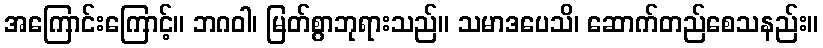
အကြောင်းကြောင့်။ ဘဂဝါ၊ မြတ်စွာဘုရားသည်။ သမာဒပေသိ၊ ဆောက်တည်စေသနည်း။